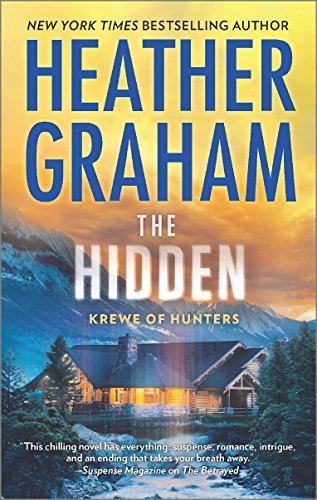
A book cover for The Hidden (Krewe of Hunters); Heather Graham; Romance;